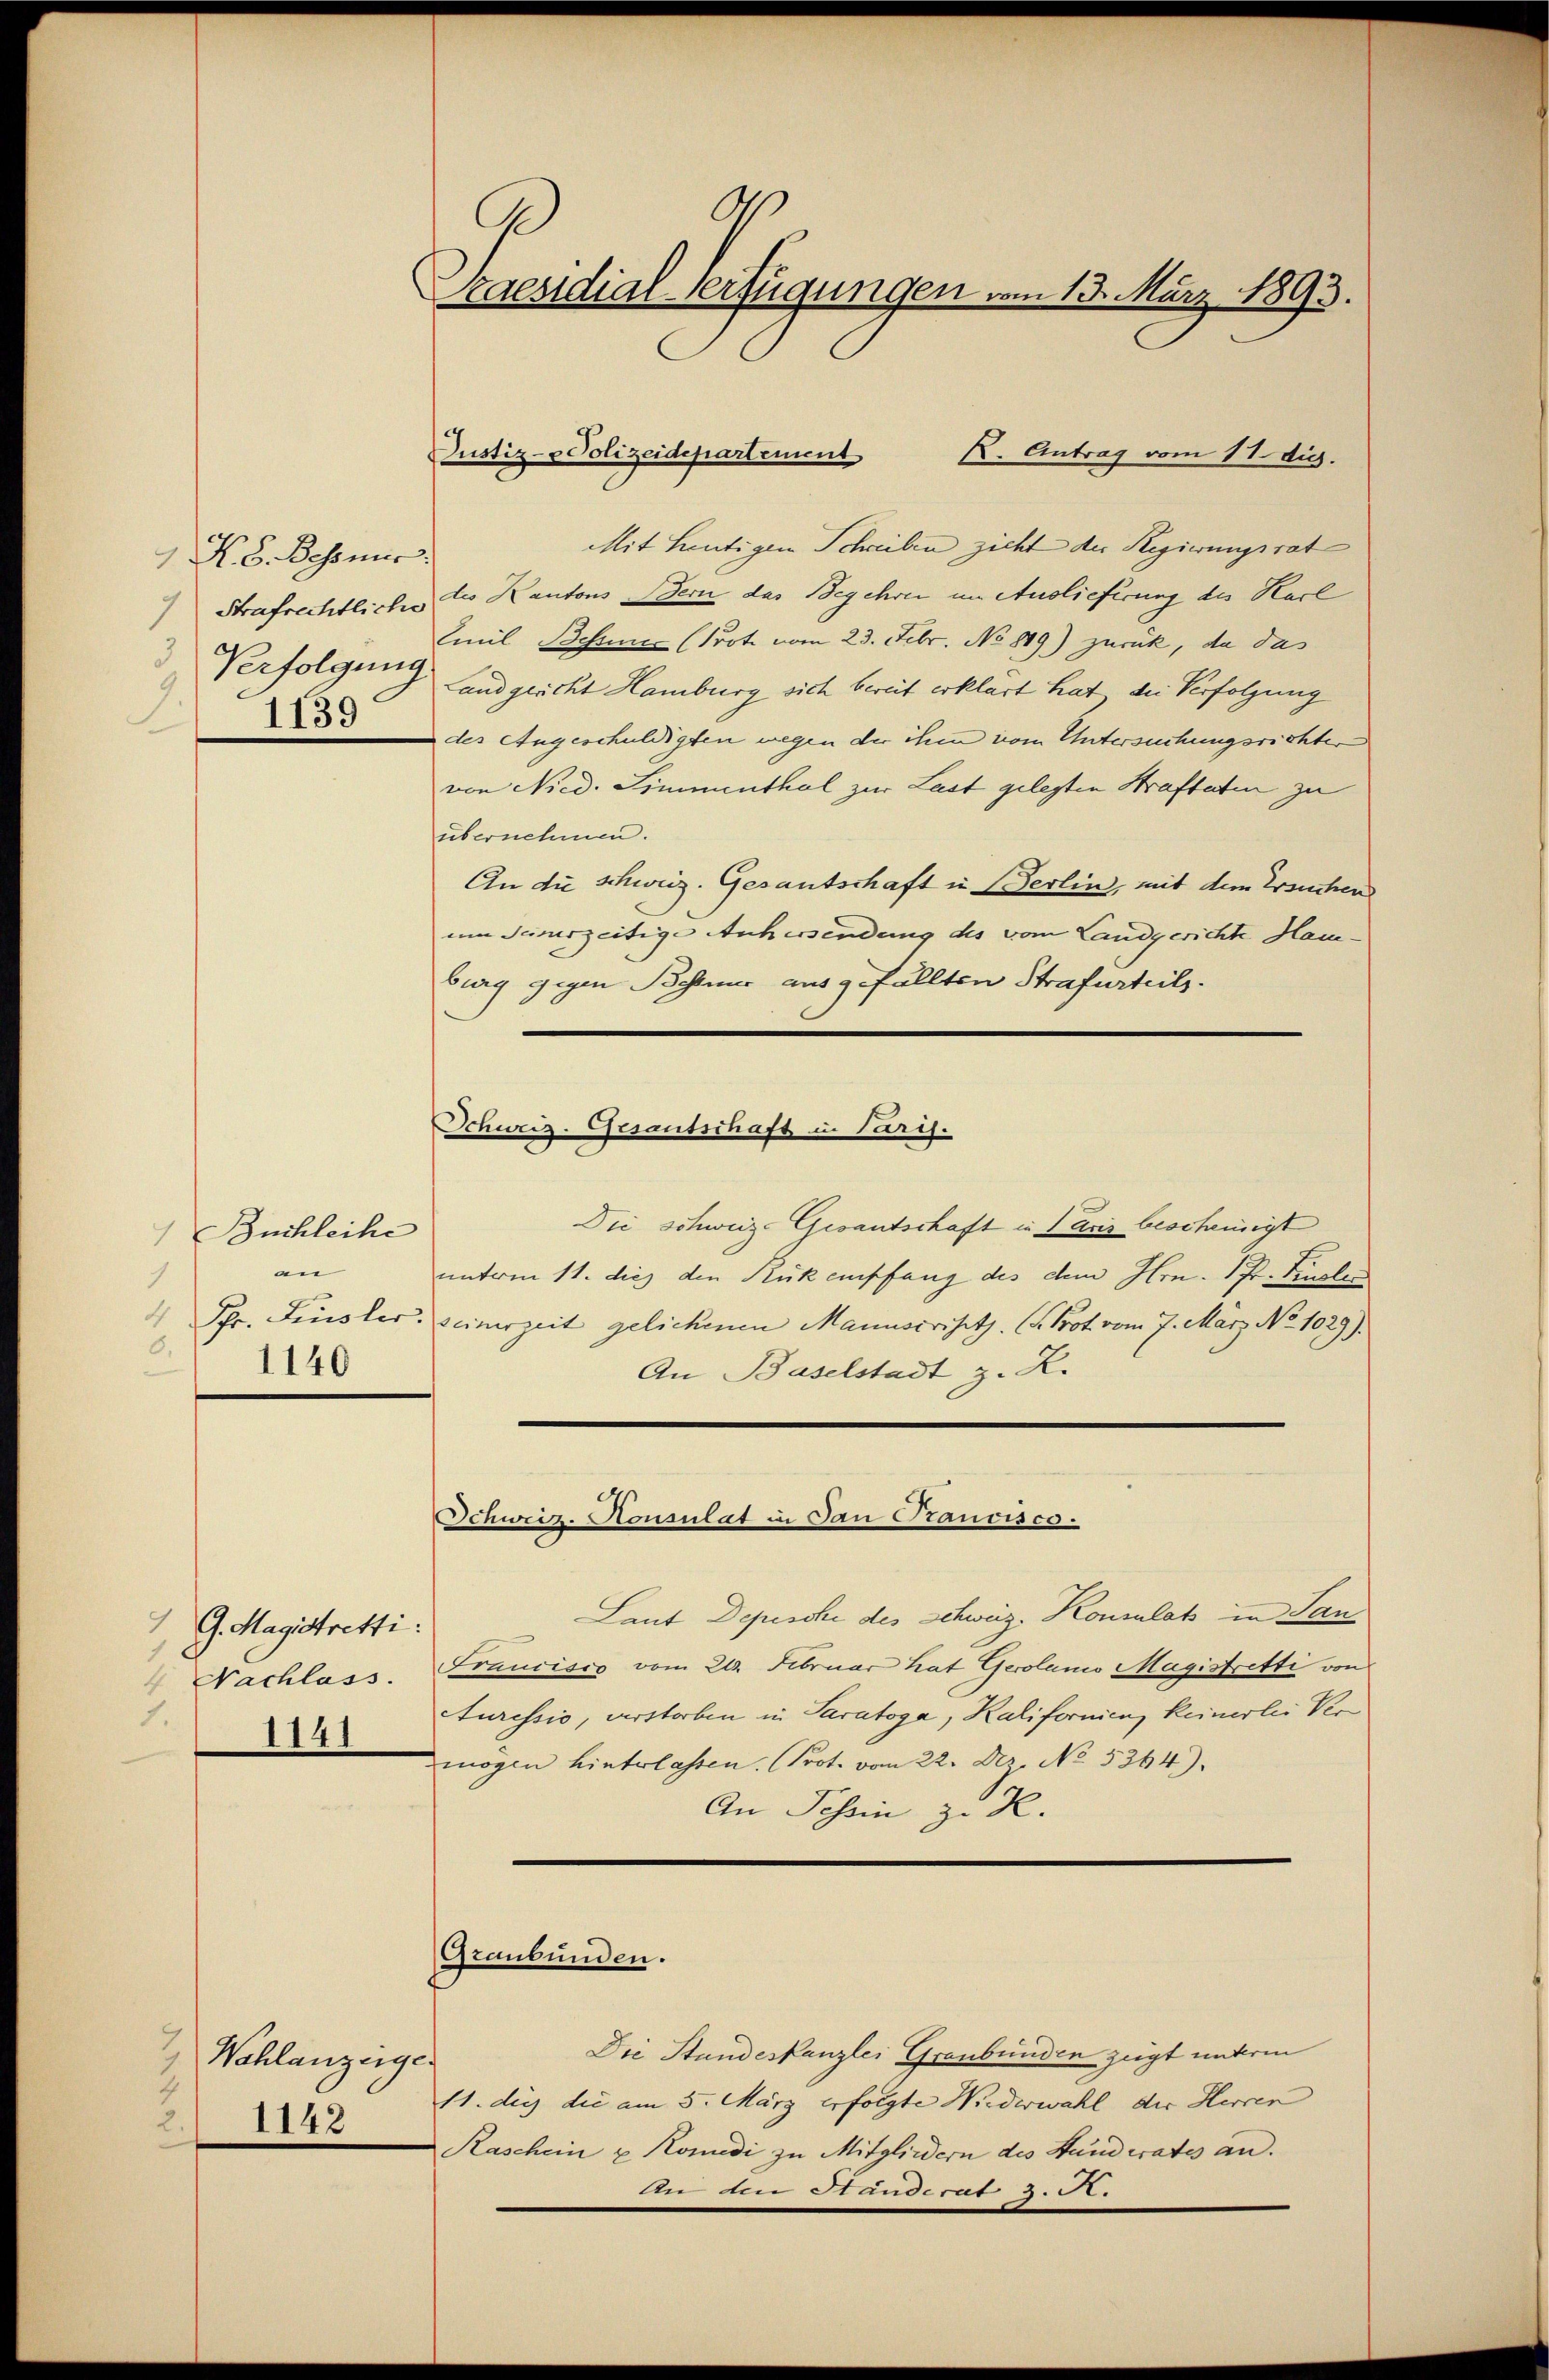
N. 8. Besonier
Strafrechtliche
1
d
Verfolgen.
.
1139

Buchleihe
an
1
4 Fr. Lister
6.
1140

, G. Magistretti
 Nachlass.
1.
1141

7
Wohlanzeiger
1142

C
Kaesidial-Verfügungen vom 13. März 1893.

Justiz- & Polizeidepartement

k. Antrag vom 11. die.
Mit heutigen Schreiben zieht der Regierungsrat
des Kantons Bern das Begehren im Auslieferung des Karl
Emil Behin (Prote vom 23. Febr. No 889) zurück, da das
Landgericht Hamburg sich bereit erklärt hat, die Verfolgung
des Angeschuldigten wegen der ihm vom Untersuchungsrichter
von Nied. Simmenthal zur Last gelegten Strafteten zu
übernehmen.
An die Schweiz. Gesantschaft in Berlin, mit dem Ersuchen
um seinerzeitige Anhersendung des vom Landgerichte Ham¬
Burg gegen Bohner aus 9 fällten Strafurteils.
Die schweiz. Gesantschaft in Paris bescheinigt
unterm 11. dies den Rükempfang des dem Hrn. Pr. Kuglei
seinerzeit gelichenen Manuscripetz. S. Prot vom 7. März No. 1029).
An Baselstadt z. R.
Schweiz. Konsulat in Jan Prancisco
Laut Depesche des Schweiz. Konsulats in San
Francisiv vom 20. Februar hat Gerolanio Magistretti von
turessio, verstorben in Paratoga, Kalifornien, keinerlei Ver
mögen hinterlassen. (Prot. vom 22. Dez. No. 5364).
An Johann z. Z.

Schweiz. Gesantschaft in Paris.

Graubünden.

Die Stundeskanzlei Graubünden zeigt unterm
11. die die am 5. März erfolgte Niederwahl der Herren
Kaschein u Komedi zu Mitgliedern des Standerates an.
An die Standerat 2. A.